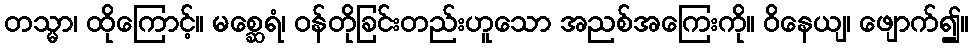
တသ္မာ၊ ထိုကြောင့်။ မစ္ဆေရံ၊ ဝန်တိုခြင်းတည်းဟူသော အညစ်အကြေးကို။ ဝိနေယျ၊ ဖျောက်၍။